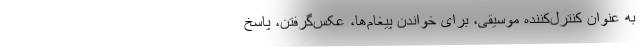
به عنوان کنترل‌کننده موسیقی، برای خواندن پیغام‌ها، عکس‌گرفتن، پاسخ